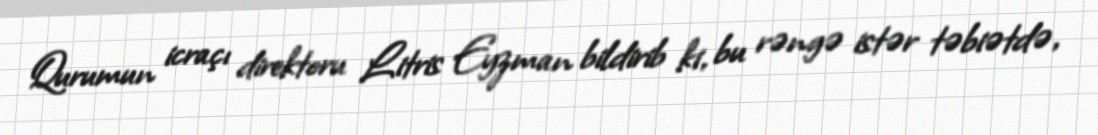
Qurumun icraçı direktoru Litris Eyzman bildirib ki, bu rəngə istər təbiətdə,